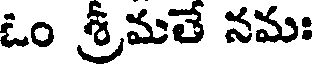
ఓం శ్రీమతే నమః